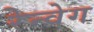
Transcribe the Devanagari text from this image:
रेन्वेग